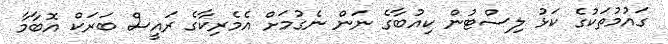
ގައުމުތަކުގެ ކަޅު ލިސްޓުން ކިއުބާގެ ނަން ނެގުމަށް އެމެރިކާގެ ރައީސް ބަރަކް އޮބާމާ